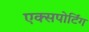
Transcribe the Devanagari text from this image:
एक्सपोर्टिंग